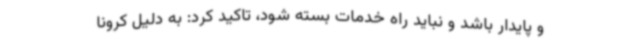
و پایدار باشد و نباید راه خدمات بسته شود، تاکید کرد: به دلیل کرونا